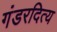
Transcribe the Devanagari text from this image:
गंडरदित्य